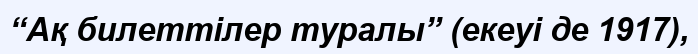
“Ақ билеттілер туралы” (екеуі де 1917),